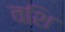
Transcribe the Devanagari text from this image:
वशि